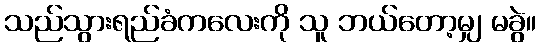
သည်သွားရည်ခံကလေးကို သူ ဘယ်တော့မျှ မခွဲ။